Leprosy in India: report of the Leprosy Commission in India, 1890-91
Year: 1890
Disease focus: Leprosy
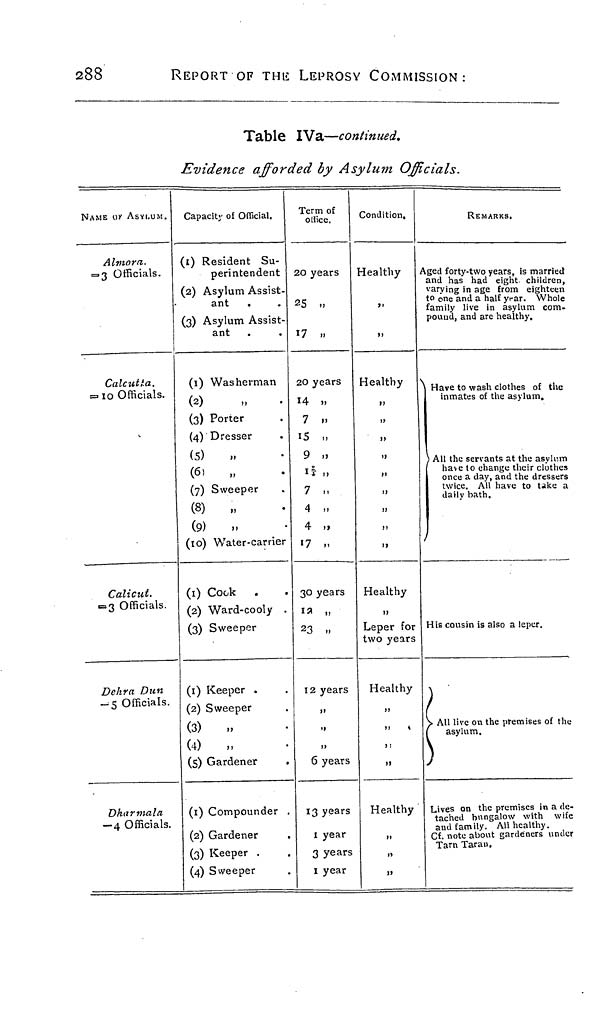
288
REPORT OF THIS LEPROSY COMMISSION:
Table IVa—continued.
Evidence afforded by Asylum Officials.
NAME OK ASYLUM.
Almora.
= 3 Officials.
Calcutta.
= 10 Officials.
Calicut.
= 3 Officials.
Dehra Dun
— 5 Officials.
Dharmala
— 4 Officials.
Capacity of Official.
(1) Resident Su-
perintendent
(2) Asylum Assist-
ant .
(3) Asylum Assist-
ant
(1) Washerman
(2)
(3) Porter
(4) Dresser
(5)
(6)
(7) Sweeper
(8)
„
(9)
(10) Water-carrier
(1) Cook
(2) Ward-cooly .
(3) Sweeper
(1) Keeper .
(2) Sweeper
(3)
„
(4)
,,
(5) Gardener
(1) Compounder
(2) Gardener
(3) Keeper .
(4) Sweeper
Term of
office.
20 years
25 „
17 ,,
20 years
14 ,,
7 »
15 „
9 ,,
1 3/4 ,,
7 n
4 ,.
4 „
17 ,,
30 years
12 „
23 ..
12 years
,,
,,
6 years
13 years
1 year
3 years
1 year
Condition,
Healthy
,,
,,
Healthy
,,
„
,,
,,
,,
Healthy
,,
Leper for
two years
Healthy
,,
,,
,,
,,
Healthy
,,
,,
,,
REMARKS.
Aged forty-two years, is married
and has had eight children,
varying in age from eighteen
to one and a half year. Whole
family live in asylum com.
pound, and are healthy.
Have to wash clothes of the
inmates of the asylum.
All the servants at the asylum
have to change their clothes
once a day, and the dressers
twice. All have to tike a
daily bath.
His cousin is also a leper.
All live on the premises of the
asylum.
Lives on the premises in a de-
tached bungalow with wife
and family. All healthy.
Cf. note about gardeners under
Tarn Taran.